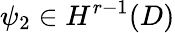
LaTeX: \psi_{2}\in H^{r-1}(D)